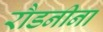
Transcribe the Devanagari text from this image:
रौडनीना